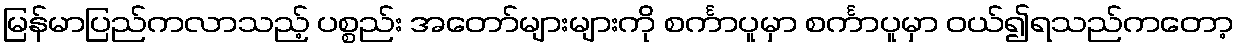
မြန်မာပြည်ကလာသည့် ပစ္စည်း အတော်များများကို စင်္ကာပူမှာ စင်္ကာပူမှာ ဝယ်၍ရသည်ကတော့